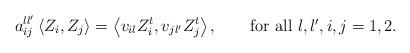
LaTeX: \begin{align*} a_{ij}^{ll'}\left<Z_{i}, Z_{j}\right>=\left<v_{i l}Z_{i}^{t},v_{jl'}Z_{j}^{t}\right> , \quad\quad \mbox{for all $l,l',i,j=1,2$.} \end{align*}